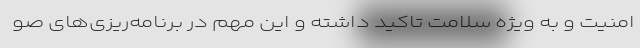
امنیت و به ویژه سلامت تاکید داشته و این مهم در برنامه‌ریزی‌های صو